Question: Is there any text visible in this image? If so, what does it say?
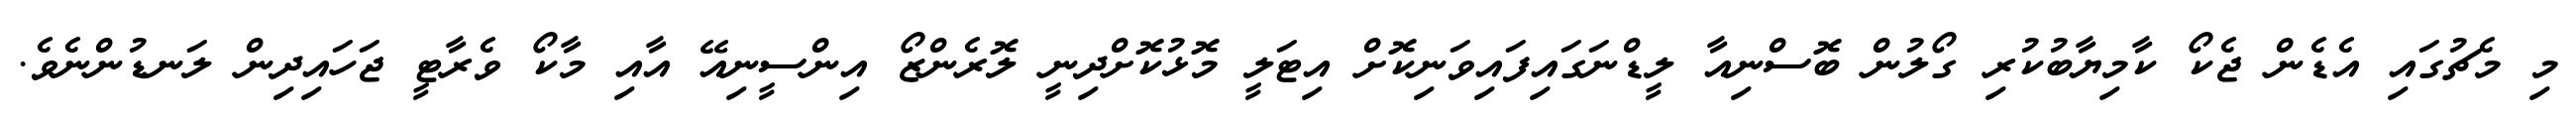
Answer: މި މެޗުގައި އެޑެން ޖެކޯ ކާމިޔާބުކުރި ގޯލުން ބޮސްނިއާ ލީޑްނަގައިފައިވަނިކޮށް އިޓަލީ މޮޅުކޮށްދިނީ ލޮރެންޒޯ އިންސީނިއޭ އާއި މާކޯ ވެރާޓީ ޖަހައިދިން ލަނޑުންނެވެ.